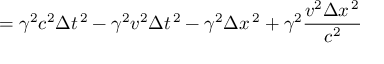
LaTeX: = \gamma ^ { 2 } c ^ { 2 } \Delta t ^ { \, 2 } - \gamma ^ { 2 } v ^ { 2 } \Delta t ^ { \, 2 } - \gamma ^ { 2 } \Delta x ^ { \, 2 } + \gamma ^ { 2 } { \frac { v ^ { 2 } \Delta x ^ { \, 2 } } { c ^ { 2 } } }